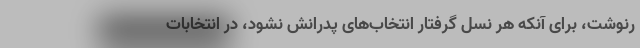
رنوشت، برای آنکه هر نسل گرفتار انتخاب‌های پدرانش نشود، در انتخابات